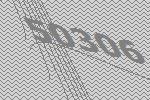
50306